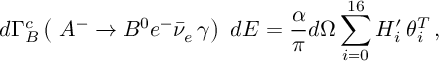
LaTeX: d \Gamma _ { B } ^ { c } \left( \ A ^ { - } \rightarrow B ^ { 0 } e ^ { - } \bar { \nu } _ { e } \, \gamma \right) \ d E = \frac { \alpha } { \pi } d \Omega \sum _ { i = 0 } ^ { 1 6 } H _ { i } ^ { \prime } \, \theta _ { i } ^ { T } \, ,